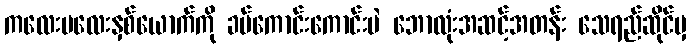
ကလေးမလေးနှစ်ယောက်ကို ခပ်ကောင်းကောင်းပဲ ဘောလုံးအဆင့်အတန်း သေရည်ဆိုင်မှ